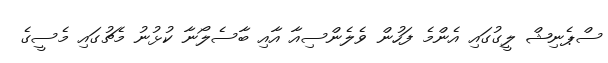
ސްޕެނިޝް ލީގުގައި އެންމެ ފަހުން ވެލެންސިއާ އާއި ބާސެލޯނާ ކުޅުނު މެޗުގައި މެސީގެ